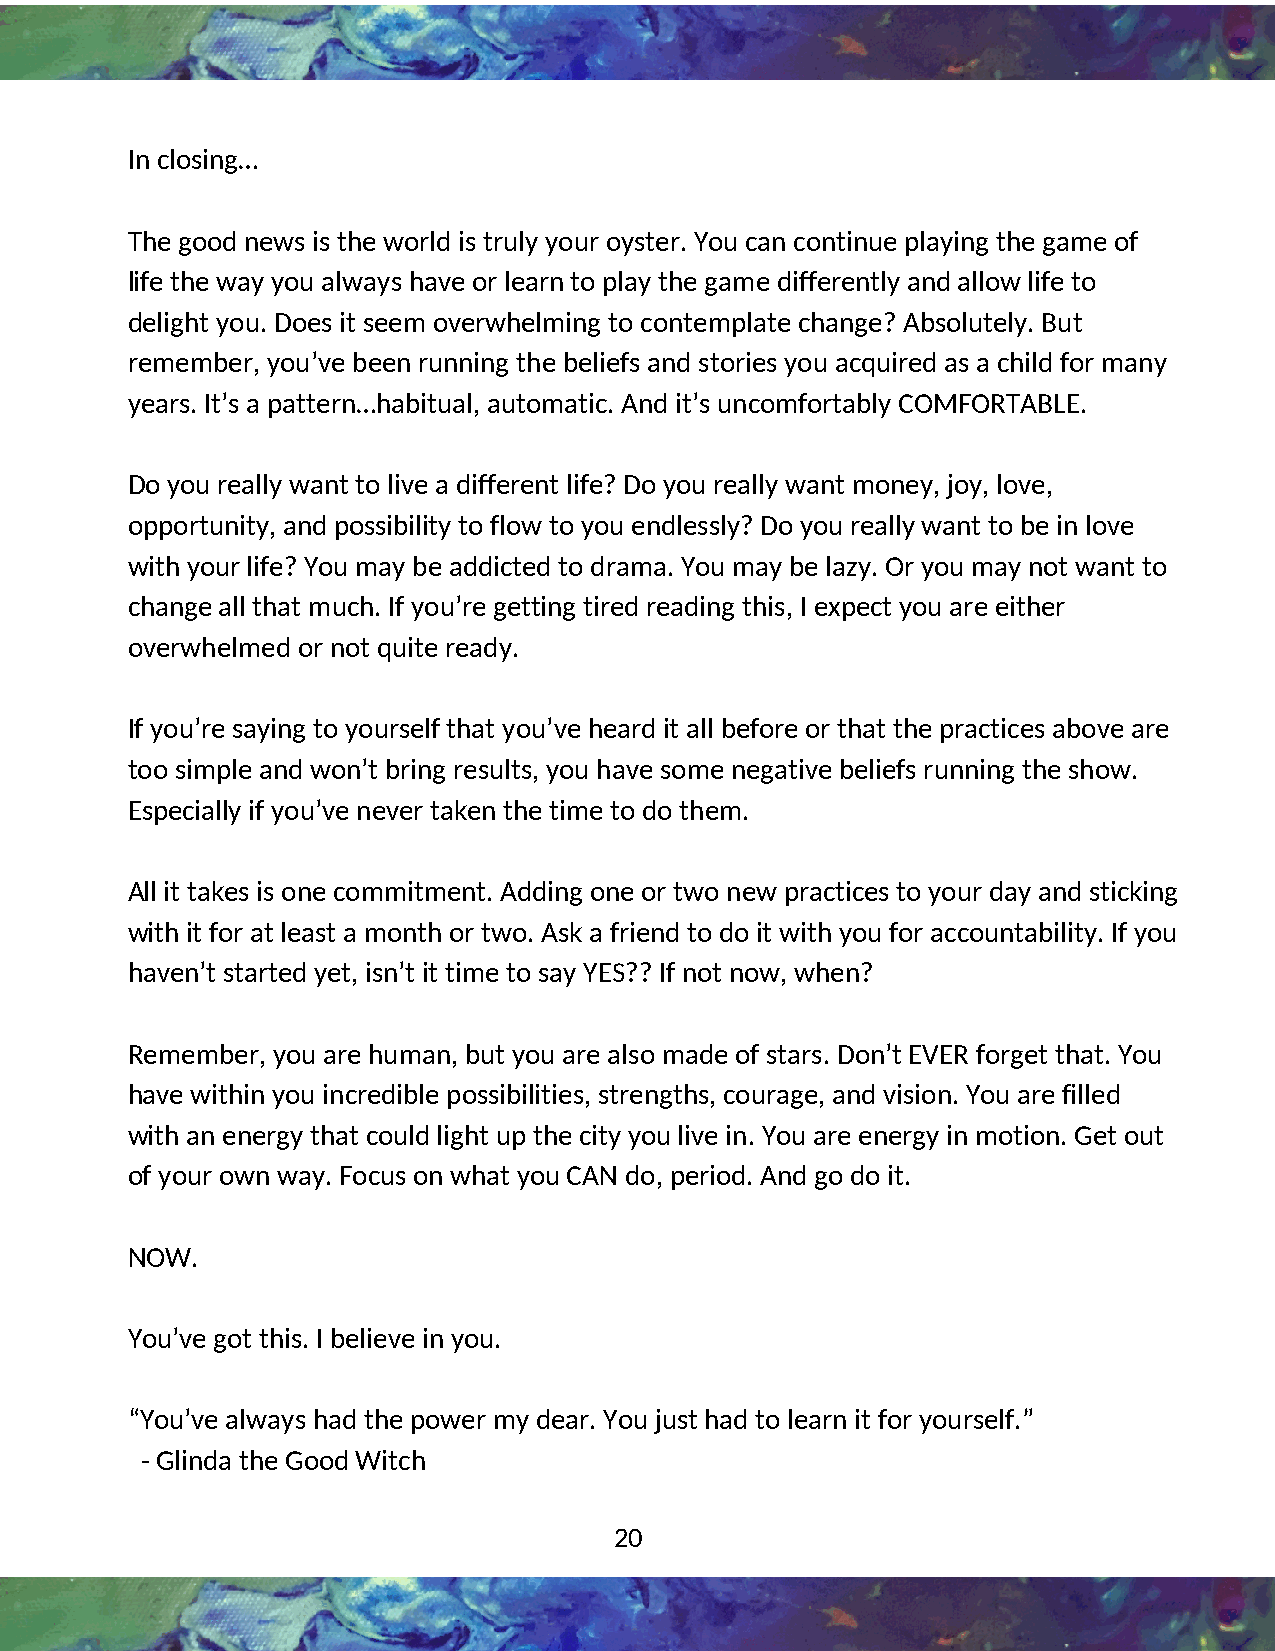
In closing…
 The good news is the world is truly your oyster. You can continue playing the game of
 4
 life the way you always have or learn to play the game differently and allow life to
 delight you. Does it seem overwhelming to contemplate change? Absolutely. But
 remember, you’ve been running the beliefs and stories you acquired as a child for many
 years. It’s a pattern…habitual, automatic. And it’s uncomfortably COMFORTABLE.
 Do you really want to live a different life? Do you really want money, joy, love,
 opportunity, and possibility to flow to you endlessly? Do you really want to be in love
 with your life? You may be addicted to drama. You may be lazy. Or you may not want to
 change all that much. If you’re getting tired reading this, I expect you are either
 overwhelmed or not quite ready.
 If you’re saying to yourself that you’ve heard it all before or that the practices above are
 too simple and won’t bring results, you have some negative beliefs running the show.
 Especially if you’ve never taken the time to do them.
 All it takes is one commitment. Adding one or two new practices to your day and sticking
 with it for at least a month or two. Ask a friend to do it with you for accountability. If you
 haven’t started yet, isn’t it time to say YES?? If not now, when?
 Remember, you are human, but you are also made of stars. Don’t EVER forget that. You
 have within you incredible possibilities, strengths, courage, and vision. You are filled
 with an energy that could light up the city you live in. You are energy in motion. Get out
 of your own way. Focus on what you CAN do, period. And go do it.
 NOW.
 You’ve got this. I believe in you.
 “You’ve always had the power my dear. You just had to learn it for yourself.”
 - Glinda the Good Witch
 20